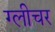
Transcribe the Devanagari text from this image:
ग्लीचर